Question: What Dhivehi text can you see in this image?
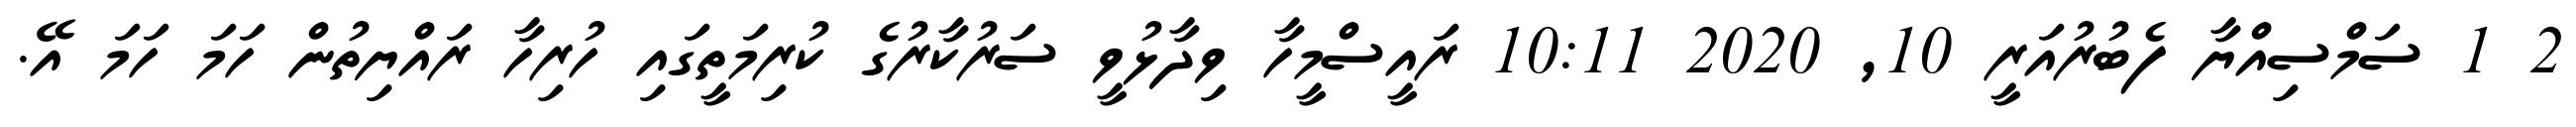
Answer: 2 1 ސަމްސިއްޔާ ފެބުރުއަރީ 10, 2020 10:11 ރައީސްމީހާ ވިދާޅުވީ ސަރުކާރުގެ ކުރިމަތީގައި ހުރިހާ ރައްޔިތުން ހަމަ ހަމަ އޭ.